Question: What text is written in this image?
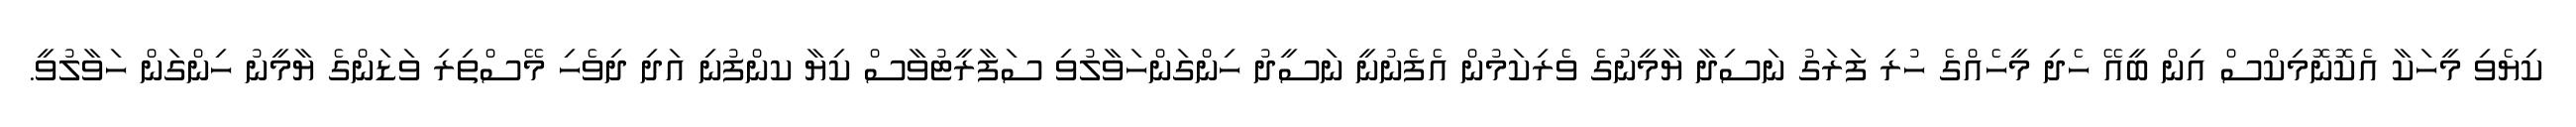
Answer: ކިޔެވި މީހަކާ އެކޮނޮމިކްސް އިން ބީއޭ ހެދި މީހެއްގެ ހުރި ފަރަގު ނަސިދާ ޔާމީނުގެ ވެރިކަމުން އެފެނުނީ ނަސީދު ހިންގަންހަވާލުވި ސަފާރީޓުވާސް ކިޔާ ކންފުނި އަދި ދިވެހި މޭސްތިރި ވަޑަންގެ ޔާމީނު ހިންގަން ހަވާލުވީ.